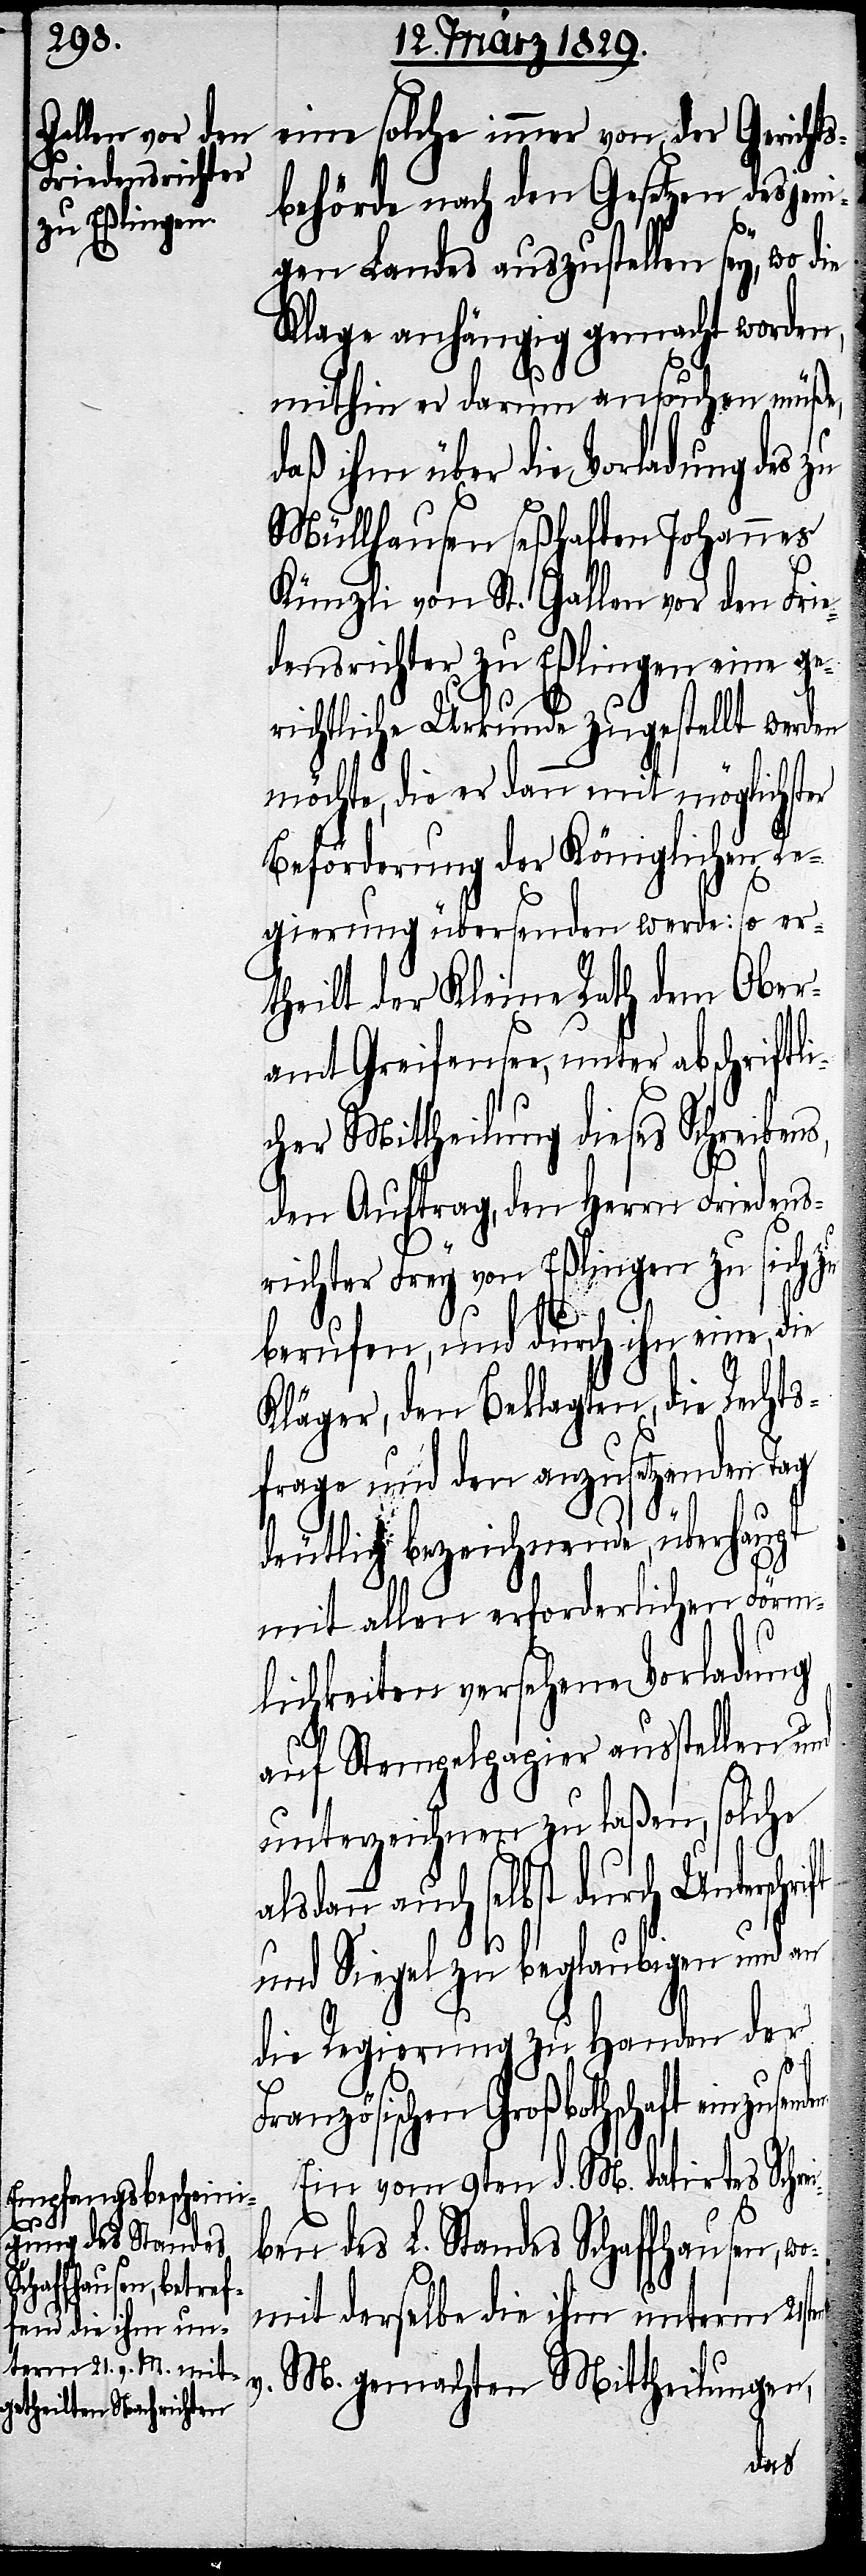
er

eine solche immer von der Gerichts¬
behörde nach den Gesetzen desjeni¬
gen Landes auszustellen sey, wo die
Klage anhängig gemacht worden,
mithin er darum ansuchen müße,
daß ihm über die Vorladung des zu
Müllhausen seßhaften Johannes
Künzli von St. Gallen vor den Frie¬
densrichter zu Eßlingen eine ge¬
richtliche Urkunde zugestellt werden
möchte, die er dann mit möglichst¬
Beförderung der Königlichen Re¬
gierung übersenden werde: so er¬
theilt der Kleine Rath dem Ober¬
amt Greifensee, unter abschriftl¬
icher Mittheilung dieses Schreibens,
den Auftrag, den Herrn Friedens¬
en.
richter Frey von Eßlingen zu sich zu
berufen, und durch ihn eine, die
Kläger, den Beklagten, die Rechts¬
frage und den anzusetzenden Tag
deutlich bezeichnende, überhaupt
mit allen erforderlichen Förm¬
lichkeiten versehene Vorladung
auf Stempelpapier ausstellen und
unterzeichnen zu laßen, solche
sdann auch selbst durch Untersch¬
und Siegel zu beglaubigen und an
die Regierung zu Handen der
Französischen Großbothschaft einzusend¬
Ein vom 9ten d. M. datirtes Schre¬
iben des L. Standes Schaffhausen,
mit derselbe die ihm unterm 21sten
v.
M. gemachten Mittheilungen,
wo¬